Scottish Leaving Certificate Examination, 1954
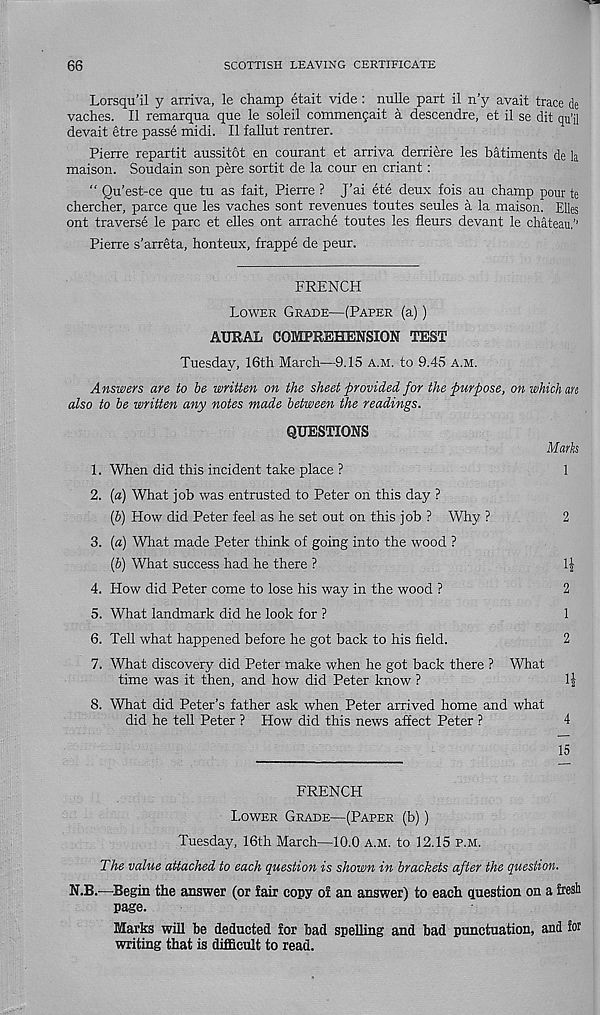
66
SCOTTISH LEAVING CERTIFICATE
Lorsqu’il y arriva, le champ etait vide : nulle part il n’y avait trace de
vaches. II remarqua que le soleil commengait a descendre, et il se dit qu’il
devait etre passe midi. Il fallut rentrer.
Pierre repartit aussitot en courant et arriva derriere les batiments de la
maison. Soudain son pere sortit de la cour en criant:
“ Qu’est-ce que tu as fait, Pierre ? J’ai ete deux fois au champ pour te
chercher, parce que les vaches sont revenues toutes seules a la maison. Elies
ont traverse le pare et elles ont arrache toutes les fleurs devant le chateau.’’
Pierre s’arreta, honteux, frappe de peur.
FRENCH
Lower Grade—(Paper (a))
AURAL COMPREHENSION TEST
Tuesday, 16th March—9.15 a.m. to 9.45 a.m.
Answers are to be written on the sheet provided for the purpose, on which an
also to be written any notes made between the readings.
QUESTIONS
Mark
1. When did this incident take place ?
1
2. (a) What job was entrusted to Peter on this day ?
(6) How did Peter feel as he set out on this job ? Why ?
2
3. (a) What made Peter think of going into the wood ?
(&) What success had he there ?
1|
4. How did Peter come to lose his way in the wood ?
2
5. What landmark did he look for ?
1
6. Tell what happened before he got back to his field.
2
7. What discovery did Peter make when he got back there ? What
time was it then, and how did Peter know ?
1|
8. What did Peter’s father ask when Peter arrived home and what
did he tell Peter ? How did this news affect Peter ?
4
15
FRENCH
Lower Grade—(Paper (b))
Tuesday, 16th March—10.0 a.m. to 12.15 p.m.
The value attached to each question is shown in brackets after the question.
N.B.—Begin the answer (or fair copy of an answer) to each question on a fresh
page.
Marks will be deducted for bad spelling and bad punctuation, and for
writing that is difficult to read.